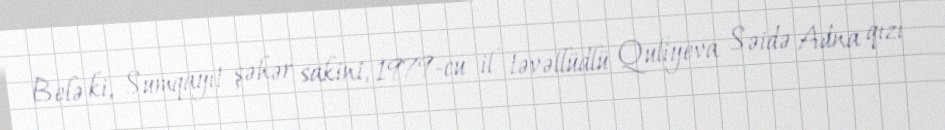
Belə ki, Sumqayıt şəhər sakini, 1979-cu il təvəllüdlü Quliyeva Səidə Adna qızı